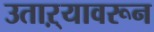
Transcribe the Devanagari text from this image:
उताऱ्यावरून